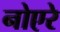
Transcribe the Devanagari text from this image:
नोएरे